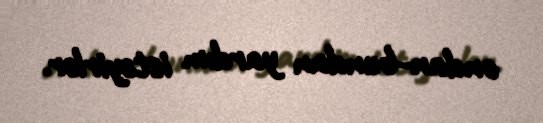
ondan-bundan yardım istəyirlər.